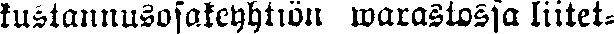
kustannusosakeyhtiön warastossa liitet-